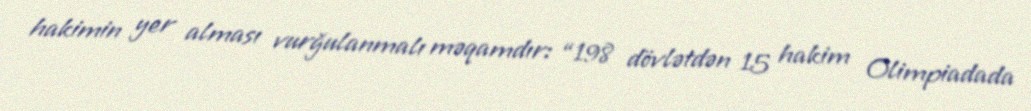
hakimin yer alması vurğulanmalı məqamdır: “198 dövlətdən 15 hakim Olimpiadada